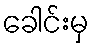
ခေါင်းမှ